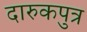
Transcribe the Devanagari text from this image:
दारुकपुत्र